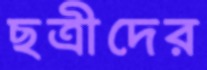
ছত্রীদের